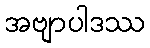
အဗျာပါဒဿ